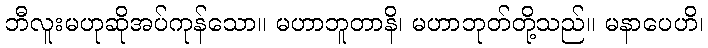
ဘီလူးမဟုဆိုအပ်ကုန်သော။ မဟာဘူတာနိ၊ မဟာဘုတ်တို့သည်။ မနာပေဟိ၊